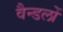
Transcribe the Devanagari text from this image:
वैन्डलों